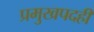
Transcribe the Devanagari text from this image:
प्रमुखपदही